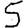
Digit: 5